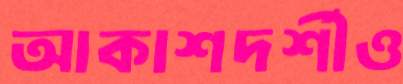
আকাশদর্শীও